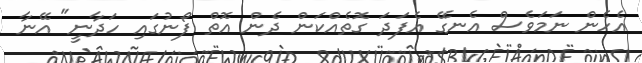
އެހެން ނަމަވެސް އެނގޭ އެފަދަ ގޮތެއްކަން ދެން އޮތް ފޯނުގައި ހަދާނީ" އޭނާ